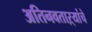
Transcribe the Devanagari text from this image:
अतिनवताऱ्यांचे